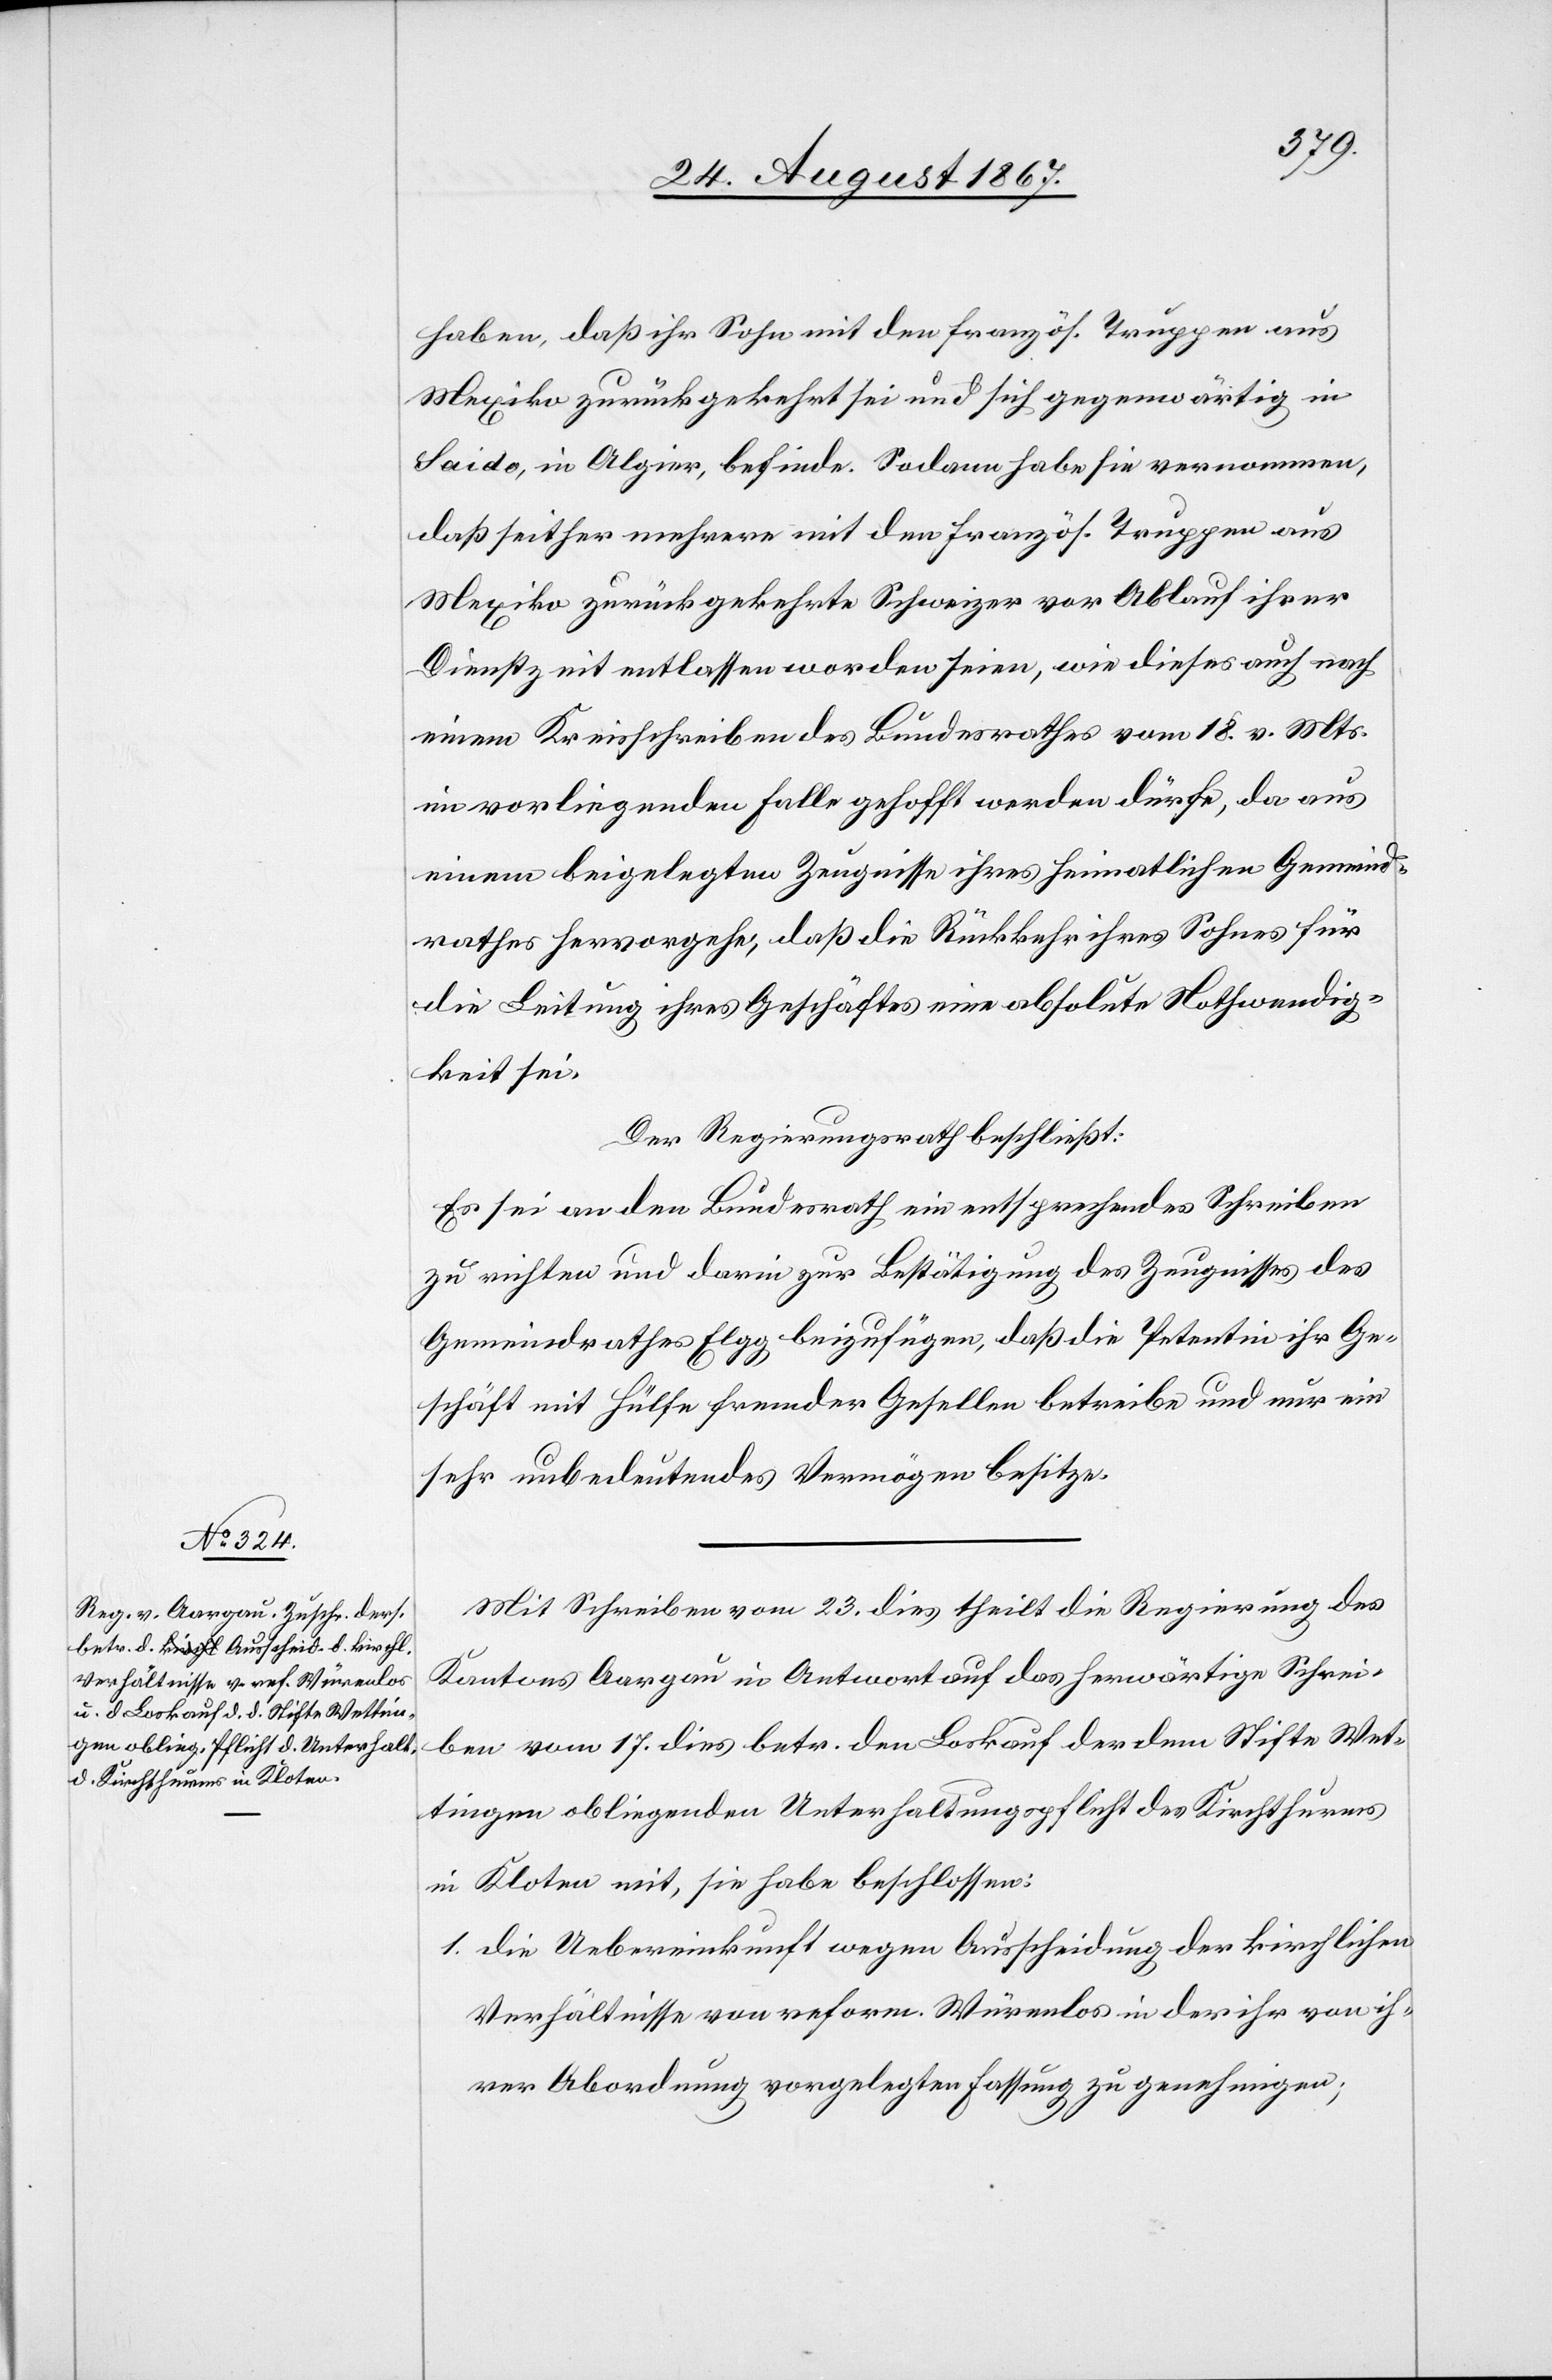
haben, daß ihr Sohn mit den französ. Truppen aus
Mexiko zurückgekehrt sei und sich gegenwärtig in
Saido, in Algier, befinde. Sodann habe sie vernommen,
daß seither mehrere mit den französ. Truppen aus
Mexiko zurückgekehrte Schweizer vor Ablauf ihrer
Dienstzeit entlassen worden seien, wie dieses auch nach
einem Kreisschreiben des Bundesrathes vom 18. v. Mts.
in vorliegendem Falle gehofft werden dürfe, da aus
einem beigelegten Zeugnisse ihres heimatlichen Gemeind¬
rathes hervorgehe, daß die Rückkehr ihres Sohnes für
die Leitung ihres Geschäftes eine absolute Nothwendig¬
keit sei.
Der Regierungsrath beschließt:
Es sei an den Bundesrath ein entsprechendes Schreiben
zu richten und darin zur Bestätigung des Zeugnisses des
Gemeindrathes Elgg beizufügen, daß die Petenten ihr Ge¬
schäft mit Hülfe fremder Gesellen betreibe und nur ein
sehr unbedeutendes Vermögen besitze.
Mit Schreiben vom 23. dies theilt die Regierung des
Kantons Aargau in Antwort auf das herwärtige Schrei¬
ben vom 17. dies betr. den Loskauf der dem Stifte Wet¬
tingen obliegenden Unterhaltungspflicht des Kirchthurms
in Kloten mit, sie habe beschlossen:
1. die Uebereinkunft wegen Ausscheidung der kirchlichen
Verhältnisse von reform. Würenlos in der ihr von ih¬
rer Abordnung vorgelegten Fassung zu genehmigen;